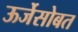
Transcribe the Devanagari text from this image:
ऊर्जेसोबत